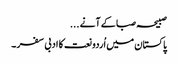
صبیحہ صبا کے آنے ...
پاکستان میں اُردو نعت کا ادبی سفر ۔